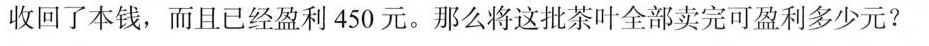
收回了本钱，而且已经盈利450元。那么将这批茶叶全部卖完可盈利多少元?